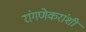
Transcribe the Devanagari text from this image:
रांगणेकरांशी